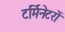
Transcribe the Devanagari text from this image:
टर्मिनेटरों